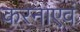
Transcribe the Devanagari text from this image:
करनाएवं